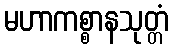
မဟာကစ္စာနသုတ္တံ